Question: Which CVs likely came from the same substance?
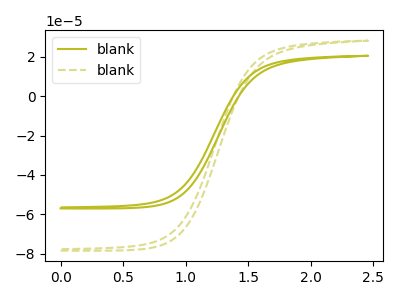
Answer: <think>The olive curve "blank1" has no peaks. The olive dashed curve "blank2" has no peaks.
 Neither "blank1" or "blank2" have any peaks.</think>
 <answer>"blank2" and "blank1" have the same shape and are likely CV's of the same chemical.</answer>
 <eval>"blank2" "blank1"</eval>